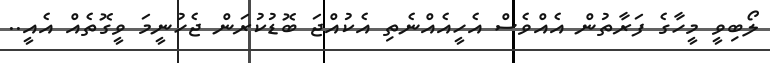
ލޯބިވީ މީހާގެ ފަރާތުން އެއްވެސް އެހީއެއްނެތި އެކުއްޖަ ބޮޑުކުރަން ޖެހުނީމަ ވީގޮތެއް އެއީ..